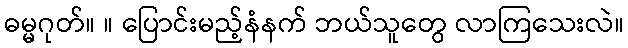
ဓမ္မဂုတ်။ ။ ပြောင်းမည့်နံနက် ဘယ်သူတွေ လာကြသေးလဲ။